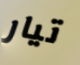
تيار